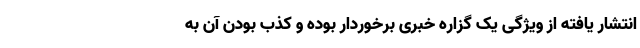
انتشار یافته از ویژگی یک گزاره خبری برخوردار بوده و کذب بودن آن به